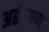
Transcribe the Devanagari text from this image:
अर्हतगण